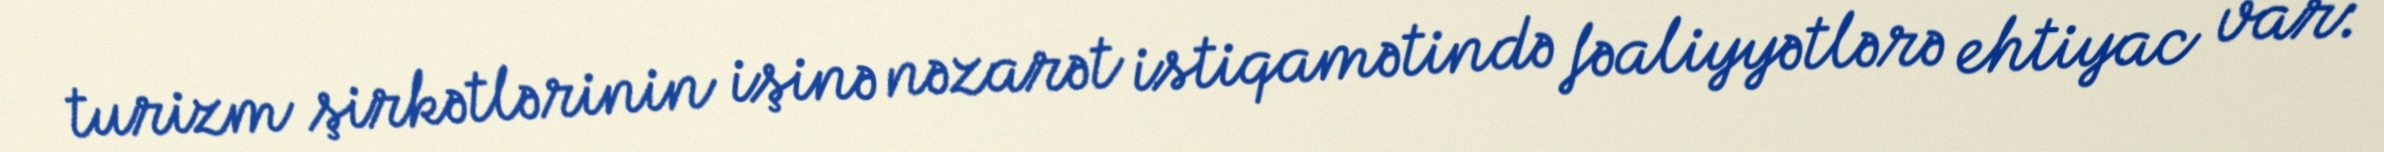
turizm şirkətlərinin işinə nəzarət istiqamətində fəaliyyətlərə ehtiyac var: